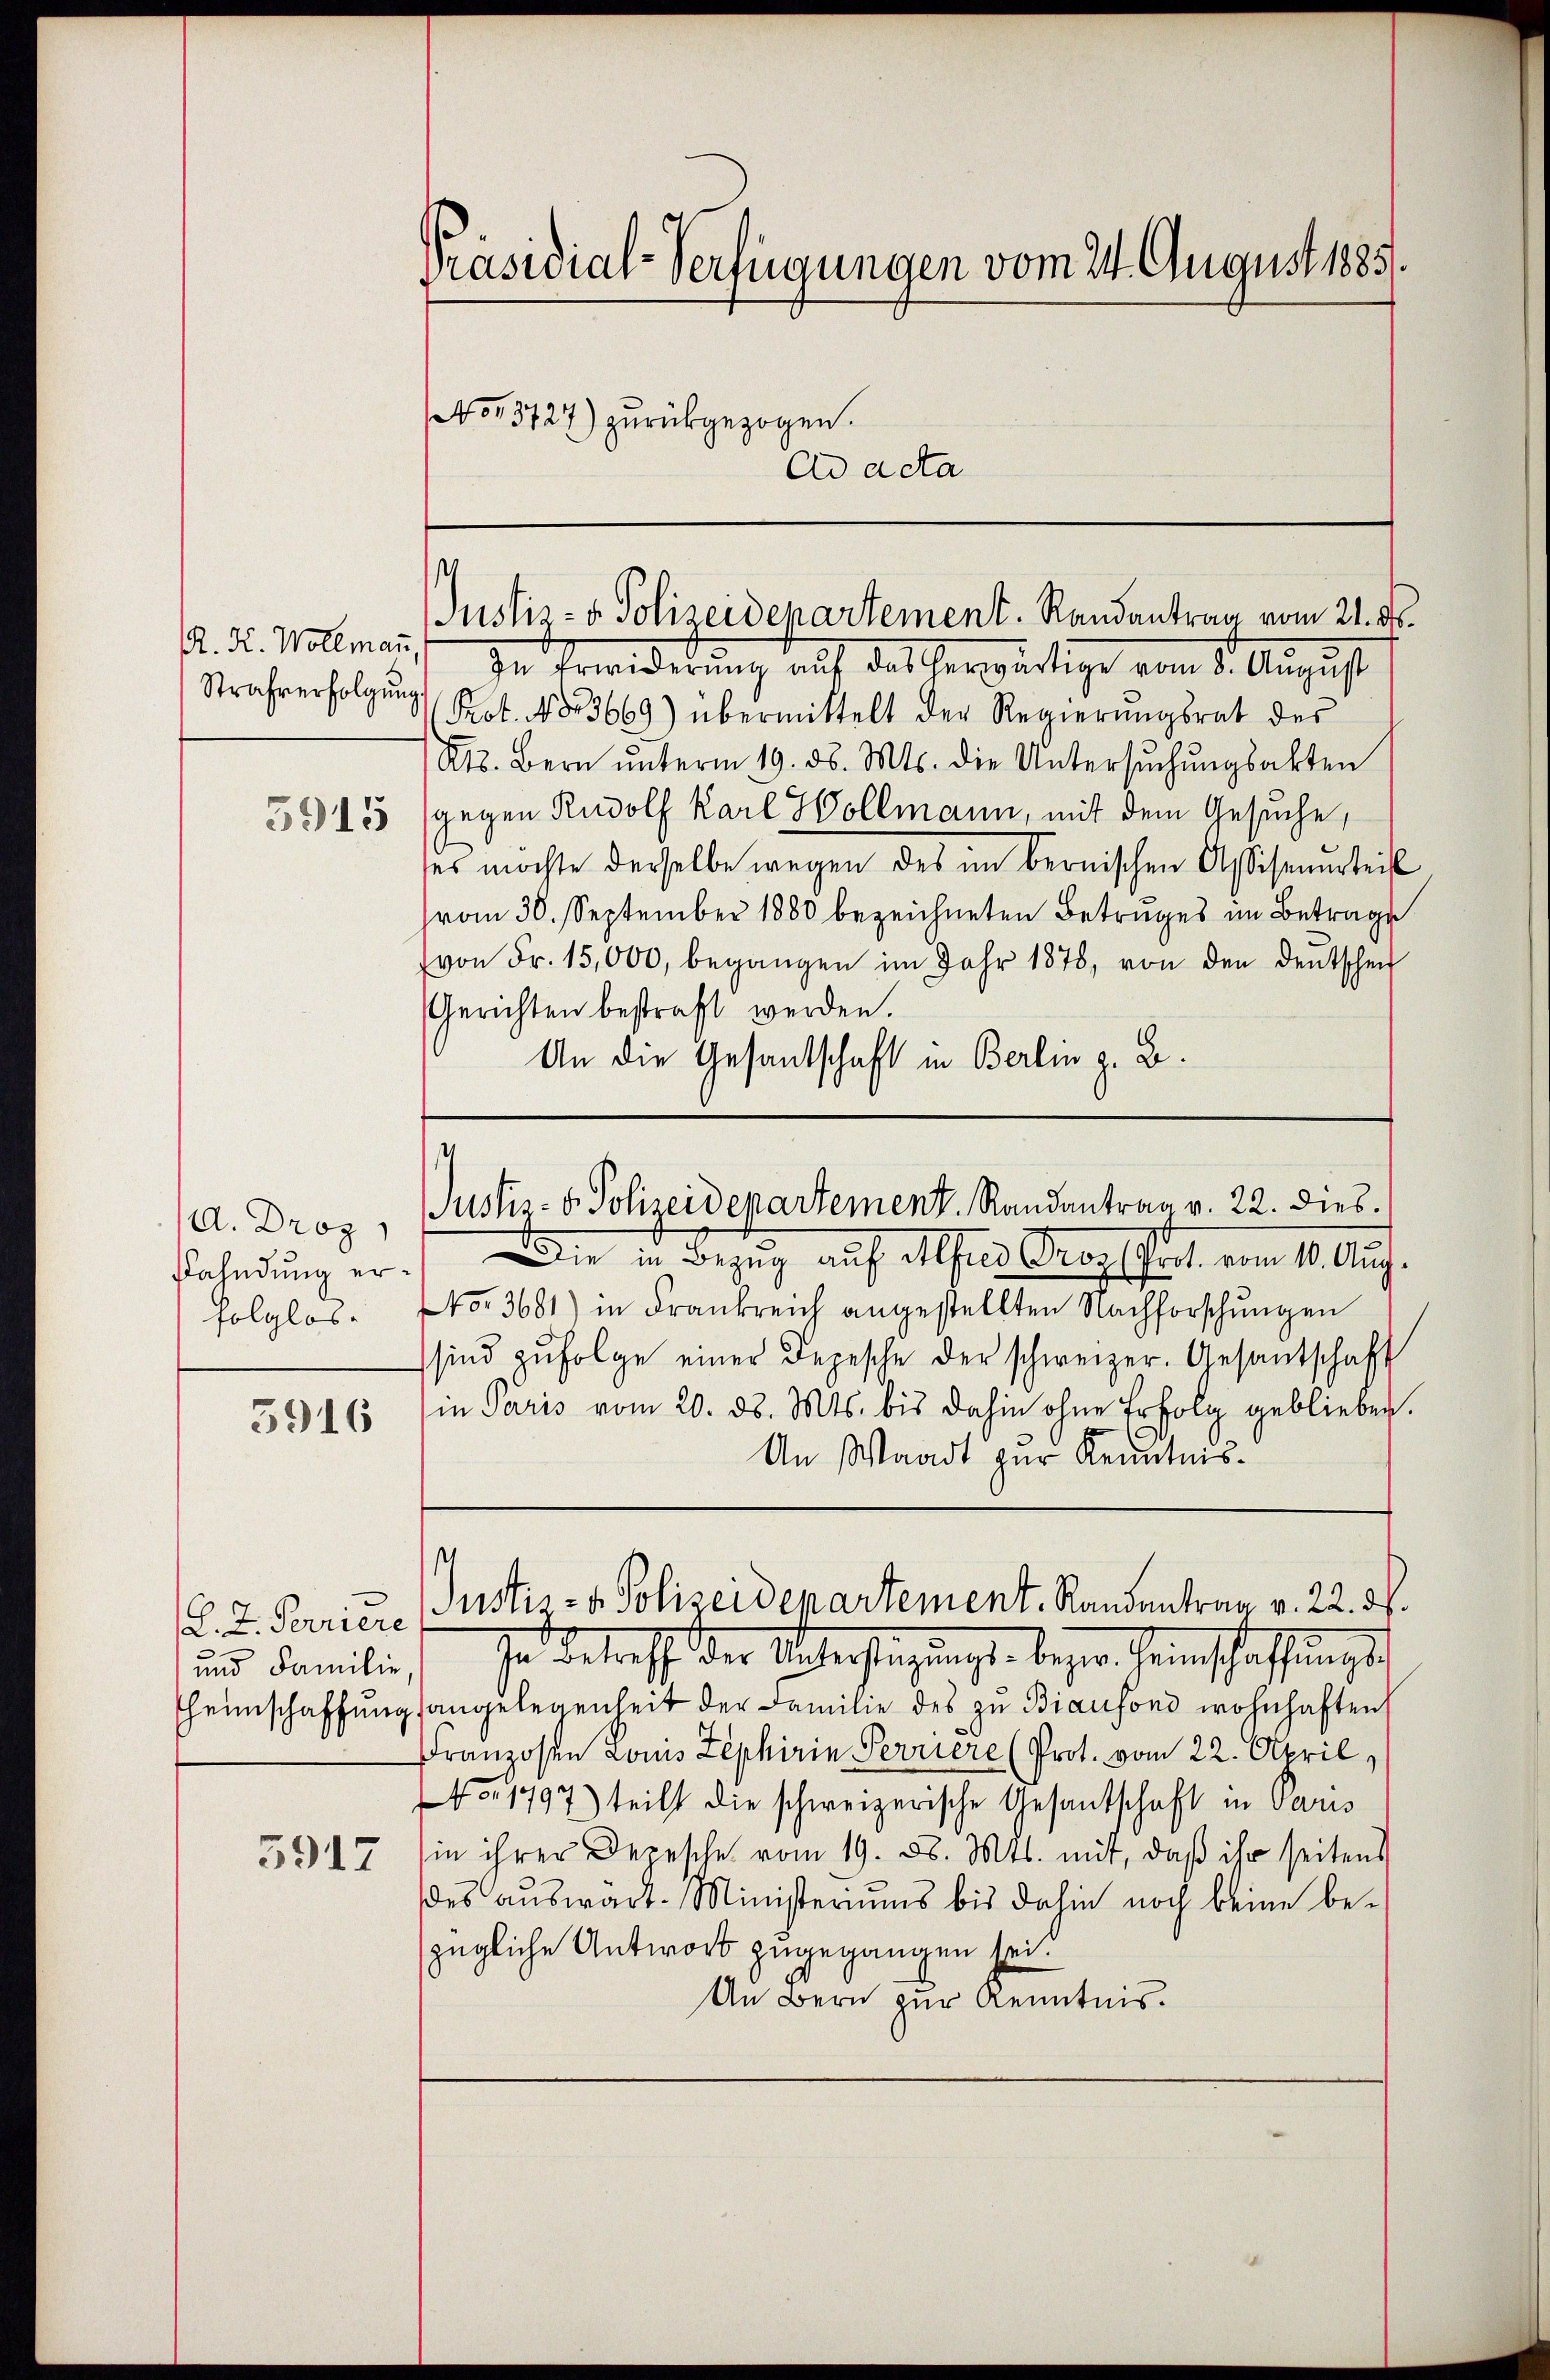
R. F. Wollmann,
Strafverfolgŭng.
5915

A. Droz
fahndung erfolglos.

5916

(L. Z. Ferriere
und Familie.
heimschaffung.

5917

Präsidial-Verfügungen vom 24. August 1885.
No 73727) zurückgezogen.
Ad acta

In Erwiderung auf das herwärtige vom 8. August
Prot. No 3669) übermittelt der Regierŭngsrat des
Kt. Bern ŭnterm 19. d. Mts. die Untersŭchŭngsakten
gegen Rudolf Karl Wollmann, mit dem Gesuche,
ses möchte derselbe wegen des im bernischen Assisanteil
vom 30. September 1880 bezeichneten Betruges im Betrage
von Fr. 15,000, begangen im Jahr 1878, von den deutschen
Gerichten bestraft werden.
Die in Bezug auf Alfred Proz. Prot. vom 10. Aug.
No. 3681) in Frankreich angestellten Nachforschŭngen
sind zŭfolge einer Depesche der schweizer. Gesantschaft
in Paris vom 20. ds. Mts. bis dahin ohne Erfolg geblieben.
An Waadt zur Kenntniss
Justiz- & Polizeidepartement. Randentrag v. 22. d.
Ien Betreff der Vaterstragungs- bezere Geinschaffung des
angelegenheit der Familie des zu Biausond wohnhaften
Franzosen Louis Zephirie Perriere (Prot. vom 22. April,
4o 1797) teilt die schweizerische Gesandschaft in Paris
in ihrer Depesche vom 19. d. Mts. mit, daß ihr seitens
des auswart. Ministeriums bis dahin noch keine bezügliche Antwort zugegangen sei.
An Bern zur Kenntnis.

Justiz- & Polizeidepartement. Randantrag vom 21. ds.

An die Gesandschaft in Berlin z. B.

s
Justiz- & Polizeidepartement. Randantrag v. 22. dies